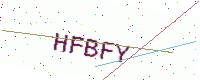
Text: HFBFY